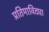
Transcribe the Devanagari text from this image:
प्रतिमाविद्या